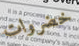
خضروات